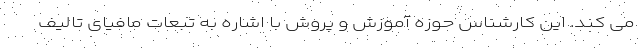
می کند. این کارشناس حوزه آموزش و پروش با اشاره به تبعات مافیای تالیف